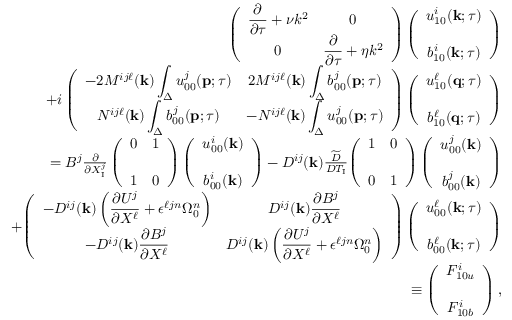
\begin{array} { r l r } & { } & { { \everymath { \displaystyle } \left( { \begin{array} { c c } { \frac { \partial } { \partial \tau } + \nu k ^ { 2 } } & { 0 } \\ { 0 } & { \frac { \partial } { \partial \tau } + \eta k ^ { 2 } } \end{array} } \right) } \left( { \begin{array} { c c } { u _ { 1 0 } ^ { i } ( { \bf { k } } ; \tau ) } \\ { b _ { 1 0 } ^ { i } ( { \bf { k } } ; \tau ) \rule { 0 ex } { 5 ex } } \end{array} } \right) } \\ & { } & { { \everymath { \displaystyle } + i \left( { \begin{array} { c c } { - 2 M ^ { i j \ell } ( { \bf { k } } ) \int _ { \Delta } u _ { 0 0 } ^ { j } ( { \bf { p } } ; \tau ) } & { 2 M ^ { i j \ell } ( { \bf { k } } ) \int _ { \Delta } b _ { 0 0 } ^ { j } ( { \bf { p } } ; \tau ) } \\ { N ^ { i j \ell } ( { \bf { k } } ) \int _ { \Delta } b _ { 0 0 } ^ { j } ( { \bf { p } } ; \tau ) } & { - N ^ { i j \ell } ( { \bf { k } } ) \int _ { \Delta } u _ { 0 0 } ^ { j } ( { \bf { p } } ; \tau ) } \end{array} } \right) \left( { \begin{array} { c } { u _ { 1 0 } ^ { \ell } ( { \bf { q } } ; \tau ) } \\ { b _ { 1 0 } ^ { \ell } ( { \bf { q } } ; \tau ) \rule { 0 ex } { 5 ex } } \end{array} } \right) } } \\ & { } & { = { \everymath { \displaystyle } B ^ { j } \frac { \partial } { \partial X _ { \mathrm { { I } } } ^ { j } } \left( { \begin{array} { c c } { 0 } & { 1 } \\ { 1 } & { 0 \rule { 0 ex } { 5 ex } } \end{array} } \right) \left( { \begin{array} { c } { u _ { 0 0 } ^ { i } ( { \bf { k } } ) } \\ { b _ { 0 0 } ^ { i } ( { \bf { k } } ) \rule { 0 ex } { 5 ex } } \end{array} } \right) } - D ^ { i j } ( { \bf { k } } ) \frac { \widetilde { D } } { D T _ { \mathrm { I } } } { \everymath { \displaystyle } \left( { \begin{array} { c c } { 1 } & { 0 } \\ { 0 } & { 1 \rule { 0 ex } { 5 ex } } \end{array} } \right) \left( { \begin{array} { c } { u _ { 0 0 } ^ { j } ( { \bf { k } } ) } \\ { b _ { 0 0 } ^ { j } ( { \bf { k } } ) \rule { 0 ex } { 5 ex } } \end{array} } \right) } } \\ & { } & { + { \everymath { \displaystyle } \left( { \begin{array} { c c } { - D ^ { i j } ( { \bf { k } } ) \left( { \frac { \partial U ^ { j } } { \partial X ^ { \ell } } + \epsilon ^ { \ell j n } \Omega _ { 0 } ^ { n } } \right) } & { D ^ { i j } ( { \bf { k } } ) \frac { \partial B ^ { j } } { \partial X ^ { \ell } } } \\ { - D ^ { i j } ( { \bf { k } } ) \frac { \partial B ^ { j } } { \partial X ^ { \ell } } } & { D ^ { i j } ( { \bf { k } } ) \left( { \frac { \partial U ^ { j } } { \partial X ^ { \ell } } + \epsilon ^ { \ell j n } \Omega _ { 0 } ^ { n } } \right) } \end{array} } \right) \left( { \begin{array} { c } { u _ { 0 0 } ^ { \ell } ( { \bf { k } } ; \tau ) } \\ { b _ { 0 0 } ^ { \ell } ( { \bf { k } } ; \tau ) \rule { 0 ex } { 5 ex } } \end{array} } \right) } } \\ & { } & { \equiv \left( { \begin{array} { c } { F _ { 1 0 u } ^ { i } } \\ { F _ { 1 0 b } ^ { i } \rule { 0 ex } { 5 ex } } \end{array} } \right) , } \end{array}